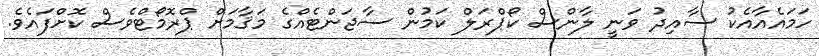
ހަމައެއާއެކު ސާއިދު ވަނީ ލާންސް ކޯޕްރަލް ކަމުން ސާޖަންޓެއްގެ މަޤާމަށް ޕްރޮމޯޓްވެސް ކޮށްފައެވެ.